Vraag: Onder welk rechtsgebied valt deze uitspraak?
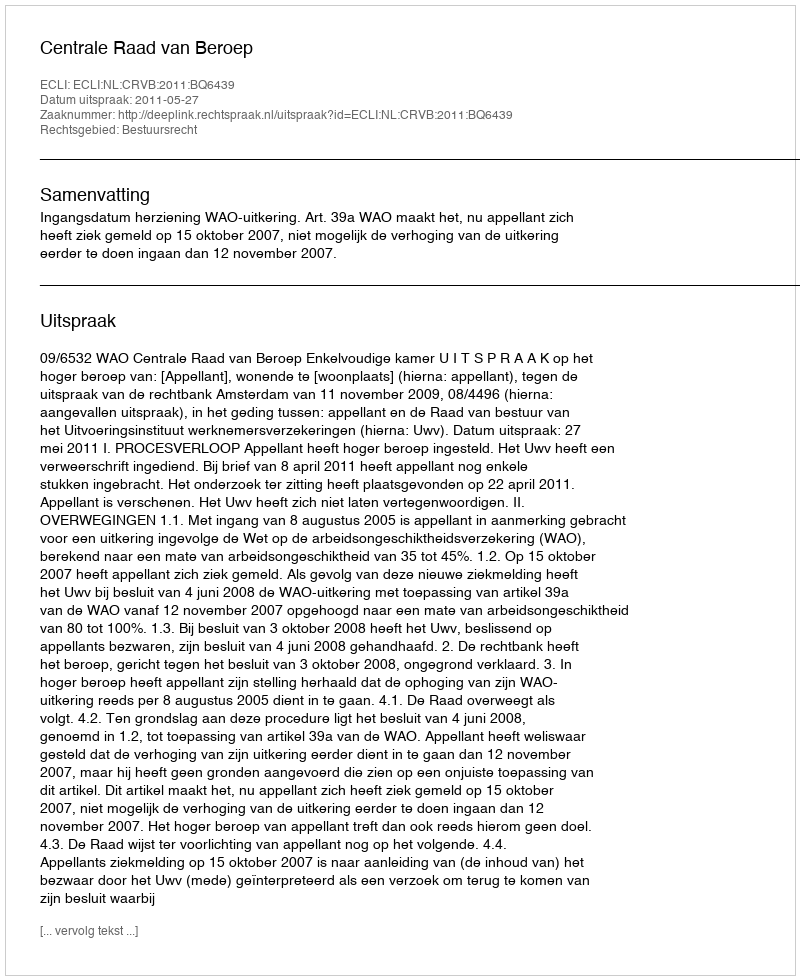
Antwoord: Bestuursrecht